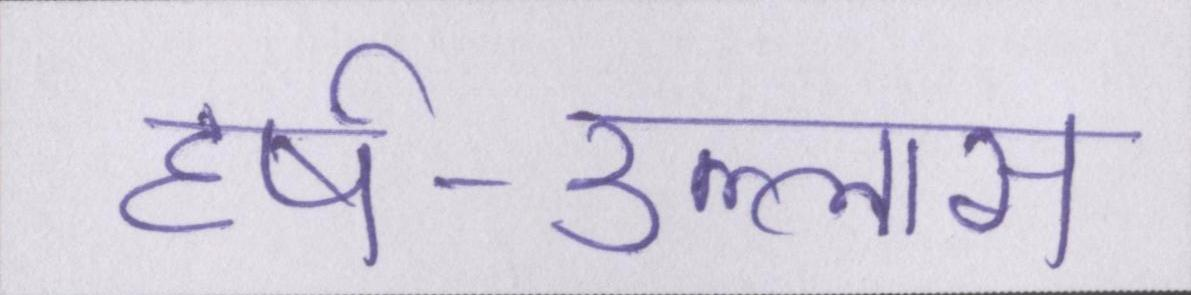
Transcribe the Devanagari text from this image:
हर्ष-उल्लास